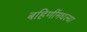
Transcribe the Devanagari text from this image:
बहिणींमधल्या